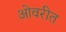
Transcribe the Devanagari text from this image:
ओवरीत